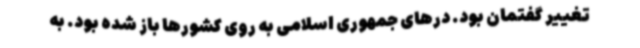
تغییر گفتمان بود. درهای جمهوری اسلامی به روی کشورها باز شده بود. به